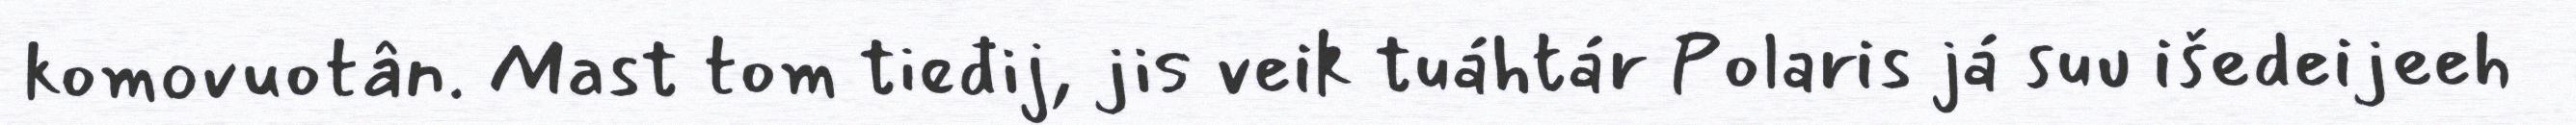
komovuotân. Mast tom tieđij, jis veik tuáhtár Polaris já suu išedeijeeh